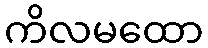
ကိလမထော